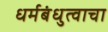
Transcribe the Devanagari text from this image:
धर्मबंधुत्वाचा